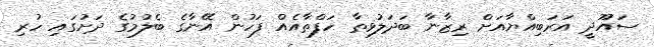
ސައޫދީ އަރަބިއްޔާއަށް ރިޒާނާ ބަދަލުވިތާ ހަފްތާއެއް ފަހުން އޭނާގެ ބެލުމުގެ ދަށުގައި ހުރި